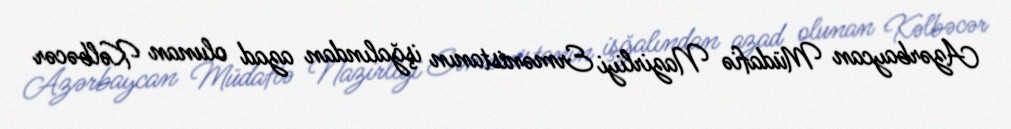
Azərbaycan Müdafiə Nazirliyi Ermənistanın işğalından azad olunan Kəlbəcər